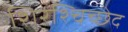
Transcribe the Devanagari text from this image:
शिरश्चिच्छेद